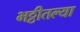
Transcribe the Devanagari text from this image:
भट्टीतल्या